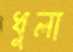
ধুলা